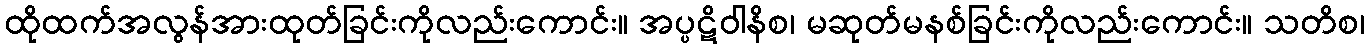
ထိုထက်အလွန်အားထုတ်ခြင်းကိုလည်းကောင်း။ အပ္ပဋိဝါနိစ၊ မဆုတ်မနစ်ခြင်းကိုလည်းကောင်း။ သတိစ၊